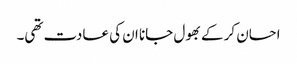
احسان کر کے بھول جانا ان کی عادت تھی۔